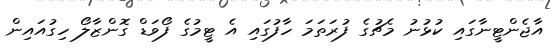
އާޖެންޓީނާގައި ކުޅުނު މެޗުގެ ފުރަތަމަ ހާފުގައި އެ ޓީމުގެ ފޯވަޑް ގޮންޒާލޯ ހިގުއައިން